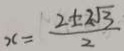
x = \frac { 2 \pm 2 \sqrt { 3 } } { 2 }